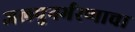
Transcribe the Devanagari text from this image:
जलपुनर्भरणाचा